Indian journal of veterinary science and animal husbandry - Volume 13,
Year: 1943
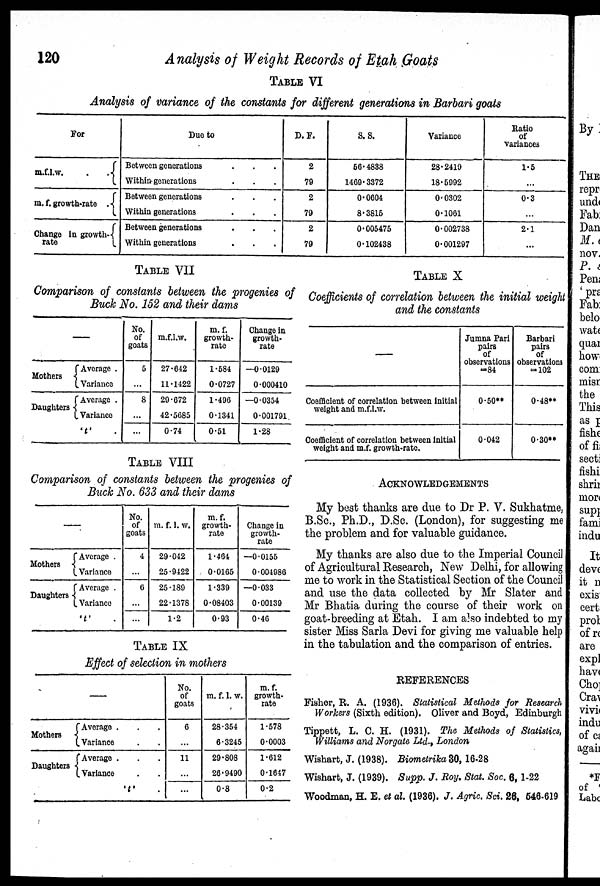
120
Analysis of Weight Records of Etah Goats
TABLE VI
Analysis of variance of the constants for different generations in Barbari goats
For
m.f.l.w.
.
.{
m.f. growth-rate .{
Change in growth- {
rate
Due to
Between generations . . .
Within generations . . .
Between generations . . .
Within generations . . .
Between generations . . .
Within generations . . .
D.F.
2
79
2
79
2
79
S.S.
56.4838
1469.3372
0.0604
8.3815
0.005475
0.102438
Variance
28.2419
18.5992
0.0302
0.1061
0.002738
0.001297
Ratio
of
variances
1.5
...
0.3
...
2.1
...
TABLE VII
Comparison of constants between the progenies of
Buck No. 152 and their dams
—
Mothers
Daughters
{ Average .
Variance
{ Average .
Variance
' t '
No.
of
goats
5
...
8
...
...
m.f.l.w.
27.642
11.1422
29.672
42.5685
0.74
m.f.
growth-
rate
1.584
0.0727
1.496
0.1341
0.51
Change in
growth-
rate
—0.0129
0.000410
—0.0354
0.001791
1.28
TABLE VIII
Comparison of constants between the progenies of
Buck No. 633 and their dams
—
Mothers
Daughters
{Average .
Variance
{Average .
Variance
' t ' .
No.
of
goats
4
...
6
...
...
m.f.l.w.
29.042
25.9422
25.189
22.1378
1.2
m.f.
growth-
rate
1.464
0.0165
1.339
0.08403
0.93
Change in
growth-
rate
—0.0155
0.004986
—0.033
0.00139
0.46
TABLE IX
Effect of selection in mothers
—
Mothers
Daughters
{Average . . .
Variance . .
{Average . . .
Variance . .
' t ' .
No.
of
goats
6
...
11
...
...
m. f. l. w.
28.354
6.3245
29.808
26.9490
0.8
m. f.
growth-
rate
1.578
0.0003
1.612
0.1647
0.2
TABLE X
Coefficients of correlation between the initial weight
and the constants
—
Coefficient of correlation between initial
weight and m.f.l.w.
Coefficient of correlation between initial
weight and m.f. growth-rate.
Jumna Pari
pairs
of
observations
=84
0.50**
0.042
Barbari
pairs
of
observations
= 102
0.48**
0.30**
ACKNOWLEDGEMENTS
My best thanks are due to Dr P. V. Sukhatme,
B.Sc., Ph.D., D.Sc. (London), for suggesting me
the problem and for valuable guidance.
My thanks are also due to the Imperial Council
of Agricultural Research, New Delhi, for allowing
me to work in the Statistical Section of the Council
and use the data collected by Mr Slater and
Mr Bhatia during the course of their work on
goat-breeding at Etah. I am also indebted to my
sister Miss Sarla Devi for giving me valuable help
in the tabulation and the comparison of entries.
REFERENCES
Fisher, R. A. (1936). Statistical Methods for Research
Workers (Sixth edition). Oliver and Boyd, Edinburgh
Tippett, L. C. H. (1931). The Methods of Statistics,
Williams and Norgate Ltd., London
Wishart, J. (1938). Biometrika 30, 16-28
Wishart, J. (1939). Supp. J. Roy. Stat. Soc. 6, 1-22
Woodman, H. E. et al. (1936). J. Agric. Sci. 26, 546-619